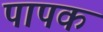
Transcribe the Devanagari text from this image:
पापक